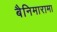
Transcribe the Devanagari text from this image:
बैनिमारामा